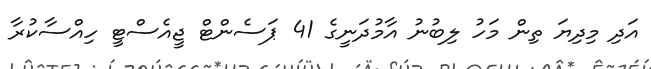
އަދި މިދިޔަ ތިން މަހު ލިބުނު އާމުދަނީގެ 41 ޕަސެންޓް ޖީއެސްޓީ ހިއްސާކުރާ